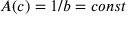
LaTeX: A ( c ) = 1 / b = c o n s t